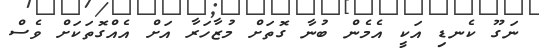
ނަގޫ ކެނޑި އަކީ އެމެން ބުނާ ގޮތަށް މުޒާހަރާ އަށް އެއްގޮތަކަށް ވެސް